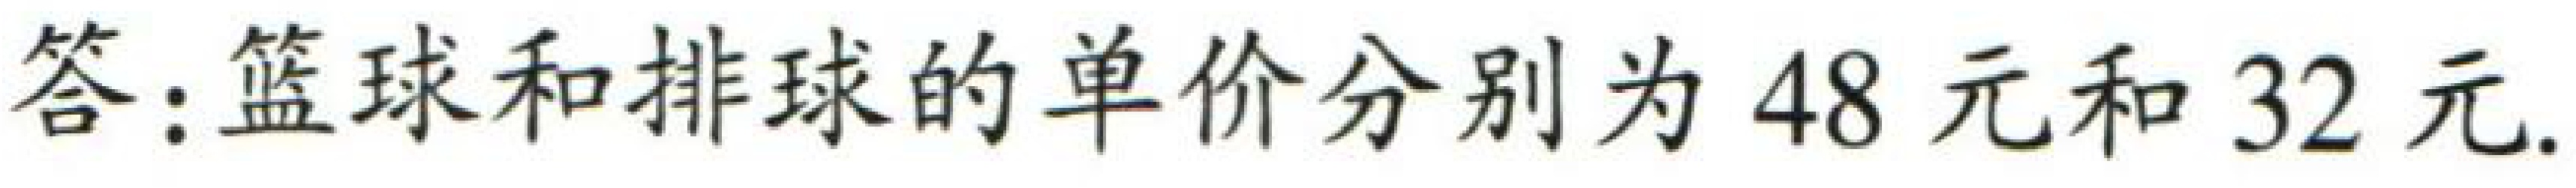
答：篮球和排球的单价分别为\(48\)元和\(32\)元.